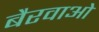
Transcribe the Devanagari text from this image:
बैरवाओ